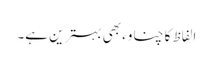
الفاظ کا چناوء بھی بہترین ہے۔